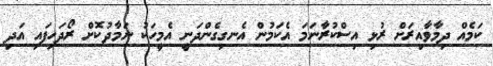
ކަމެއް ދިމާވާއިރަށް ރުޅި އިސްކުރާނަމަ އެކަމުން އެނގިގެންދަނީ އެމީހަކު ނަމާދުކޮށް ރޯދަހިފައި އަދި